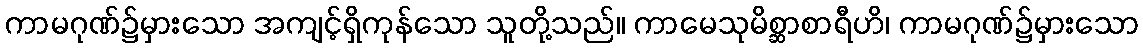
ကာမဂုဏ်၌မှားသော အကျင့်ရှိကုန်သော သူတို့သည်။ ကာမေသုမိစ္ဆာစာရီဟိ၊ ကာမဂုဏ်၌မှားသော